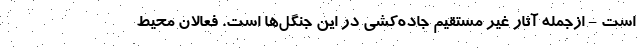
است - ازجمله آثار غیر مستقیم جاده‌کشی در این جنگل‌ها است. فعالان محیط